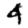
Digit: 4